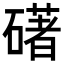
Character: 𥖛